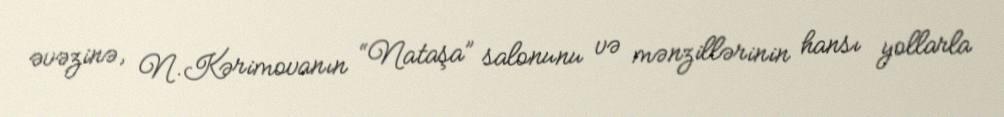
əvəzinə, N.Kərimovanın “Nataşa” salonunu və mənzillərinin hansı yollarla